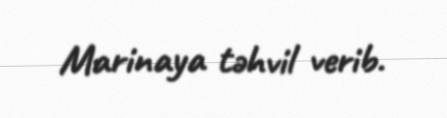
Marinaya təhvil verib.